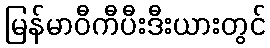
မြန်မာဝီကီပီးဒီးယားတွင်